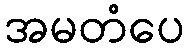
အမတံပေ